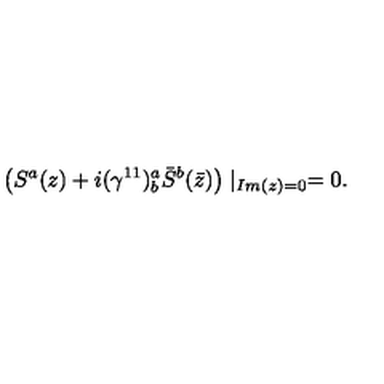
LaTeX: \left( S ^ { a } ( z ) + i ( \gamma ^ { 1 1 } ) _ { b } ^ { a } \bar { S } ^ { b } ( \bar { z } ) \right) \mid _ { I m ( z ) = 0 } = 0 .